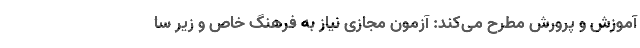
آموزش و پرورش مطرح می‌کند: آزمون مجازی نیاز به فرهنگ خاص و زیر سا